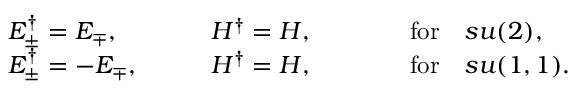
\begin{array} { l l l } { { E _ { \pm } ^ { \dagger } = E _ { \mp } , } } & { { \quad \quad H ^ { \dagger } = H , } } & { { \quad \quad \quad \mathrm { f o r } \quad s u ( 2 ) , } } \\ { { E _ { \pm } ^ { \dagger } = - E _ { \mp } , } } & { { \quad \quad H ^ { \dagger } = H , } } & { { \quad \quad \quad \mathrm { f o r } \quad s u ( 1 , 1 ) . } } \end{array}